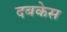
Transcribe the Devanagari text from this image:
दबकेस